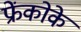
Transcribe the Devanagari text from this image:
फ्रेंकोके